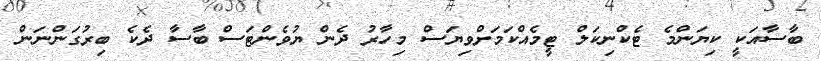
ބާސާއަކީ ކިޔަންމެ ޓެކްނިކަލް ޓީމެއްކަމަށްވިޔަސް މިހާރު ދެން ޔުވެންޓަސް ބާސާ ދެކެ ބިރުގަންނަން